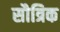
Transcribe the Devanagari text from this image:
सौत्रिक